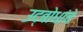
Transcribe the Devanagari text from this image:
उद्बोधांचे